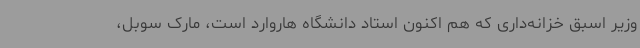
وزیر اسبق خزانه‌داری که هم اکنون استاد دانشگاه هاروارد است، مارک سوبل،